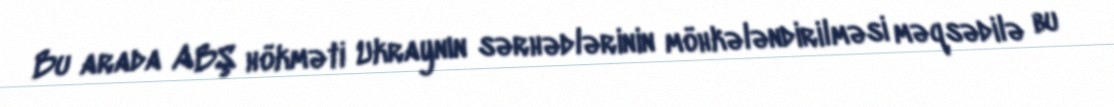
Bu arada ABŞ hökməti Ukraynın sərhədlərinin möhkələndirilməsi məqsədilə bu